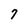
Character: 7